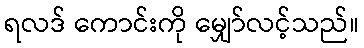
ရလဒ် ကောင်းကို မျှော်လင့်သည်။